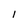
Character: 1